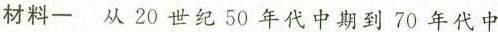
材料一 从20世纪50年代中期到70年代中